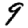
Digit: 9